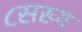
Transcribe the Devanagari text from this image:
८सख्य